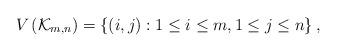
LaTeX: \begin{align*}V\left( \mathcal{K}_{m,n} \right)=\left\{ \left( i,j\right) :1\leq i\leq m,1\leq j\leq n\right\},\end{align*}